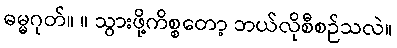
ဓမ္မဂုတ်။ ။ သွားဖို့ကိစ္စတော့ ဘယ်လိုစီစဉ်သလဲ။